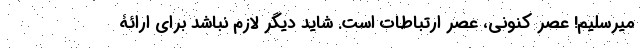
میرسلیم! عصر کنونی، عصر ارتباطات است. شاید دیگر لازم نباشد برای ارائۀ